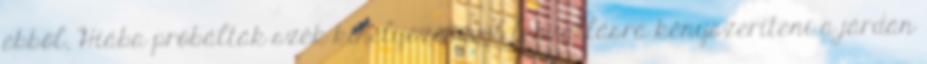
ebből. Hiába próbálták szék kihelyezésével leszállásra kényszeríteni a járdán